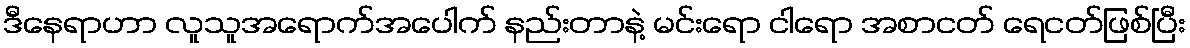
ဒီနေရာဟာ လူသူအရောက်အပေါက် နည်းတာနဲ့ မင်းရော ငါရော အစာငတ် ရေငတ်ဖြစ်ပြီး